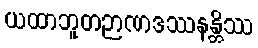
ယထာဘူတဉာဏဒဿနန္တိဿ